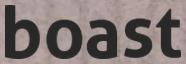
boast